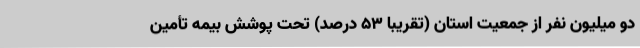
دو میلیون نفر از جمعیت استان (تقریبا 53 درصد) تحت پوشش بیمه تأمین